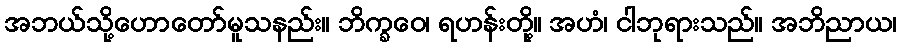
အဘယ်သို့ဟောတော်မူသနည်း။ ဘိက္ခဝေ၊ ရဟန်းတို့။ အဟံ၊ ငါဘုရားသည်။ အဘိညာယ၊